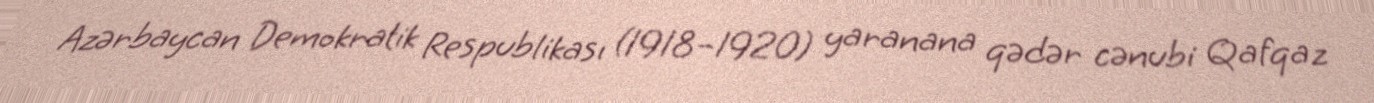
Azərbaycan Demokratik Respublikası (1918–1920) yaranana qədər cənubi Qafqaz